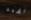
قضمة